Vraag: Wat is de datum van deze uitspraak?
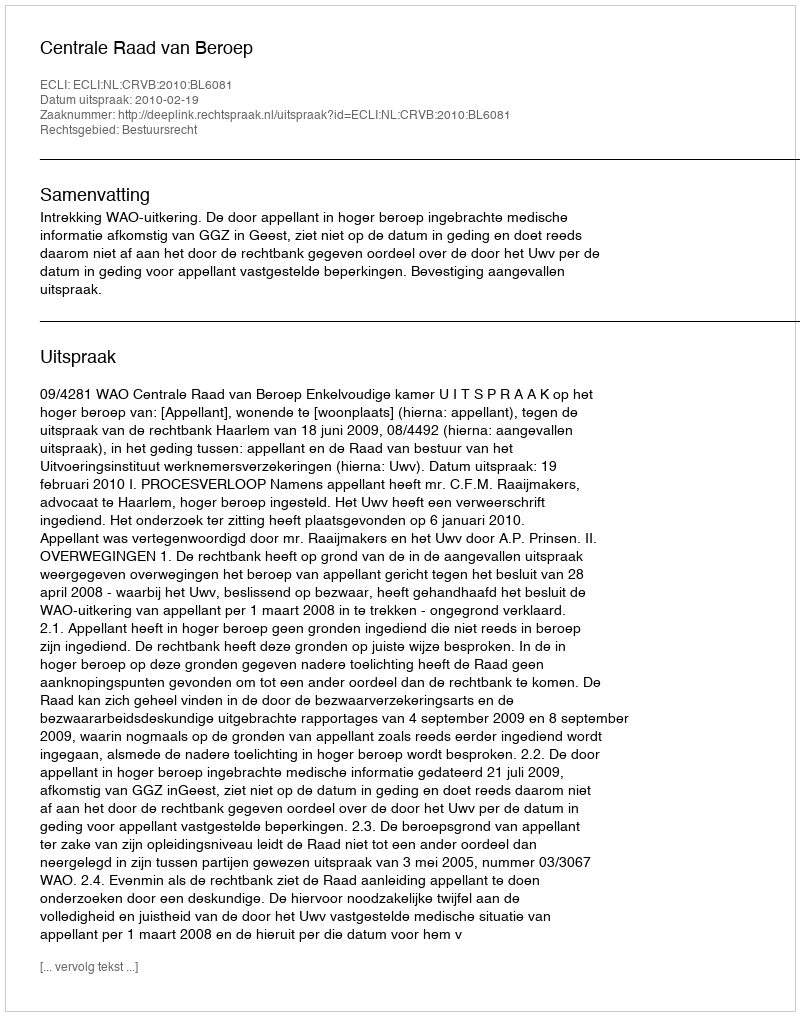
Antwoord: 2010-02-19